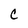
Character: C